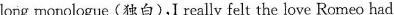
long monologue(独白),I really felt the love Romeo had